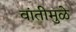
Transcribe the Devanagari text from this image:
वांतीमुळे